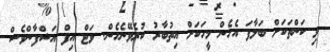
ވި ކަންތަކަށް ބަލާފަ އެހެން މީހަކަށް އިތުބާރު ކުރެވޭނެހެން. ވަޓް އިފް އަޝްފާންވެސް